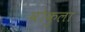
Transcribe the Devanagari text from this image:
वोकुला